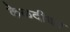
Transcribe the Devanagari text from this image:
केळदीवर